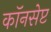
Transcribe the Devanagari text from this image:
कॉनसेप्ट